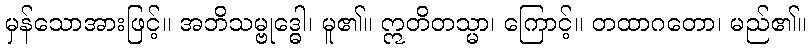
မှန်သောအားဖြင့်။ အဘိသမ္ဗုဒ္ဓေါ၊ မူ၏။ ဣတိတသ္မာ၊ ကြောင့်။ တထာဂတော၊ မည်၏။